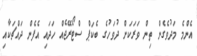
އެންމެ މަދުވެގެން ތިން ވަރަކަށް ދުވަހުގެ ބެކަޕް ސްޓޯރޭޖެއް ހަދައި އެފެން ދައްޗަކާއި